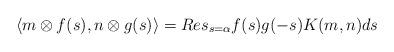
LaTeX: \begin{align*} \langle m \otimes f(s), n \otimes g(s) \rangle=Res_{s=\alpha}f(s)g(-s) K(m,n) ds \end{align*}